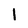
Character: l